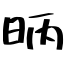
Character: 昞